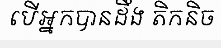
បើអ្នកបានដឹង តិកនិច